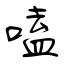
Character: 嗑